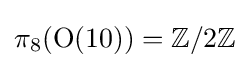
\pi _{8}(\mathrm {O} (10))=\mathbb {Z} /2\mathbb {Z}